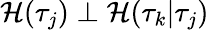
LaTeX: \mathcal{H}(\tau_{j})\perp\mathcal{H}(\tau_{k}\vert\tau_{j})